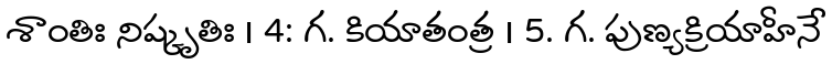
శాంతిః నిష్కృతిః । 4: గ. కియాతంత్ర । 5. గ. పుణ్యక్రియాహీనే